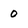
Character: 0